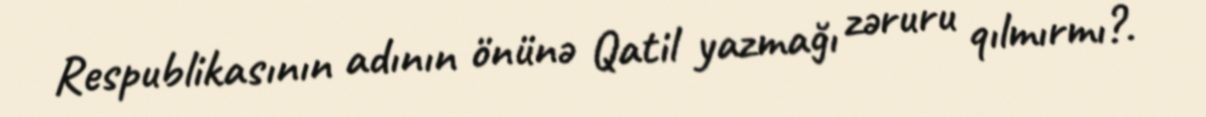
Respublikasının adının önünə Qatil yazmağı zəruru qılmırmı?.